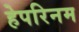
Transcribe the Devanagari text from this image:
हेपरिनम